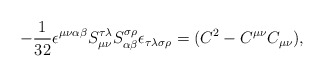
\begin{align*}-\frac 1{32}\epsilon ^{\mu \nu \alpha \beta }{}S_{\mu \nu }^{\tau \lambda}{}S_{\alpha \beta }^{\sigma \rho }{}\epsilon _{\tau \lambda \sigma \rho}=(C^2-C^{\mu \nu }C_{\mu \nu }), \end{align*}